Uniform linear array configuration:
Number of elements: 32
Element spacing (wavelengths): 0.75
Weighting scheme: blackman
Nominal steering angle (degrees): -45
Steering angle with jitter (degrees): -44.741
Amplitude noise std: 0.05
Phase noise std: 0.05

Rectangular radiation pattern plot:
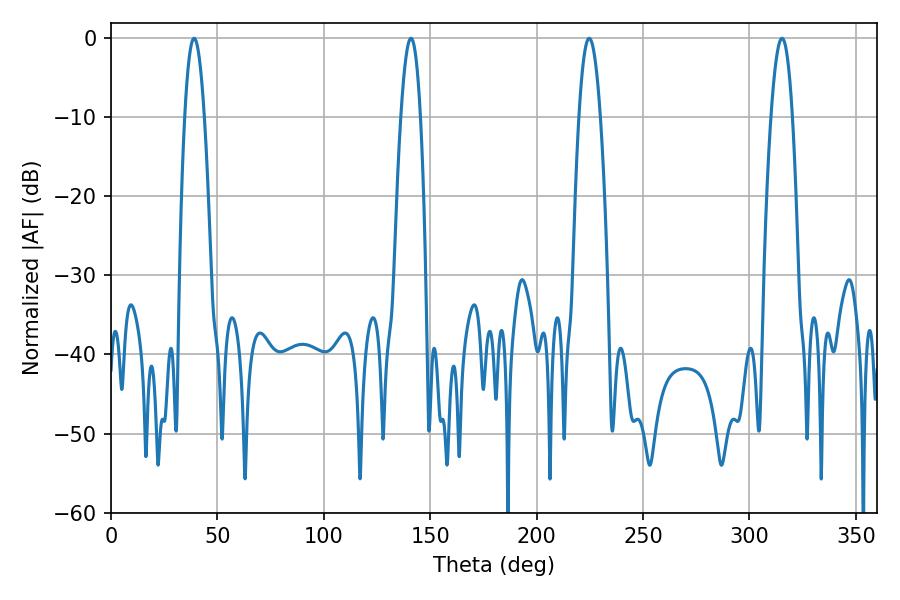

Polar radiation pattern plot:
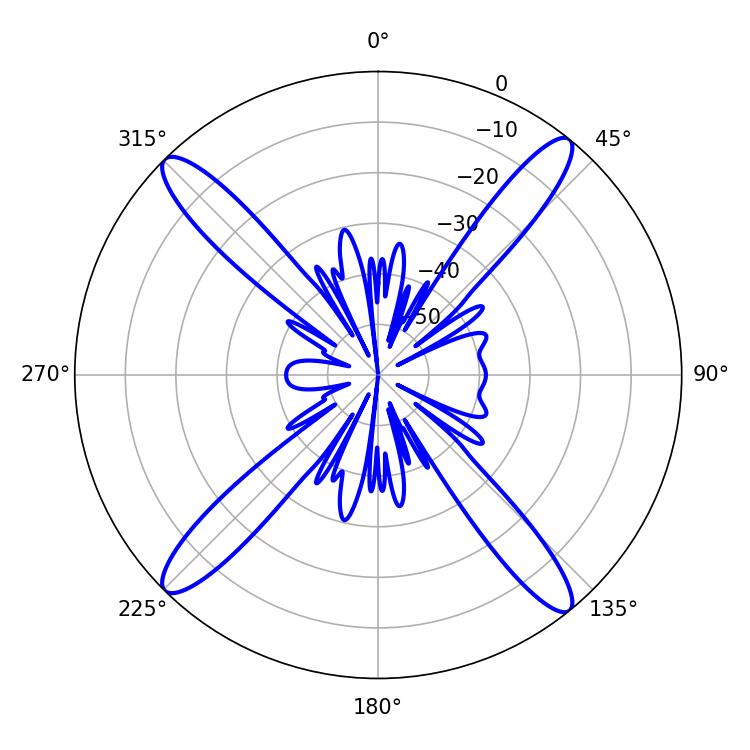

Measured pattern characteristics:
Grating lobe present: TRUE
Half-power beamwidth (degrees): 5.04
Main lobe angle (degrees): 140.94